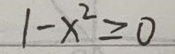
\[
1 - x^{2} \geq 0
\]